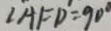
\angle A F D = 9 0 ^ { \circ }